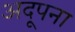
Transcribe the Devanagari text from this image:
अदूपना